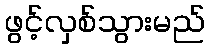
ဖွင့်လှစ်သွားမည်